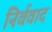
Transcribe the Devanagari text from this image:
निर्ववाद